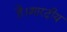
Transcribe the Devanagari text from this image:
है।शारदीय